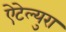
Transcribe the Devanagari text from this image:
ऐटेल्युरा